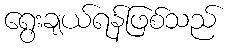
ရွေးချယ်ရန်ဖြစ်သည်